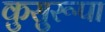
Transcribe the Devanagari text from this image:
कुसुरूपा